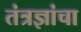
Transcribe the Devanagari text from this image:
तंत्रज्ञांचा